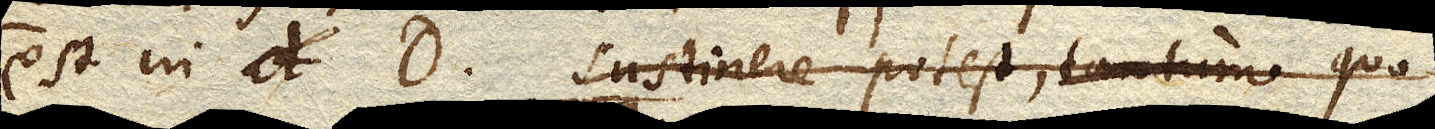
est in D. sustinere potest, tantum quo